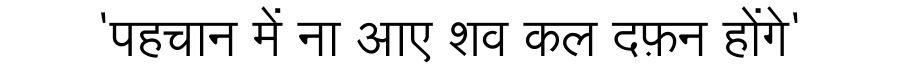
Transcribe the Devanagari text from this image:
'पहचान में ना आए शव कल दफ़न होंगे'